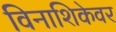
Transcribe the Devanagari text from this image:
विनाशिकेवर